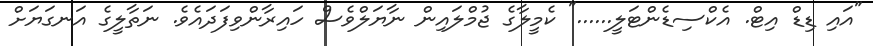
"އައި ޑިޑް އިޓް. އެކްސިޑެންޓަލީ......" ކެމީލާގެ ޖުމްލައިން ނާޔަލްވެސް ހައިރާންވިފަދައެވެ. ނަތާލީގެ އަނގަޔަށް